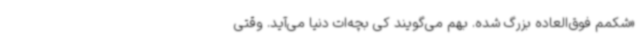
«شکمم فوق‌العاده بزرگ شده. بهم می‌گویند کی بچه‌ات دنیا می‌آید. وقتی